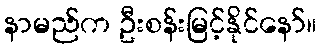
နာမည်က ဦးစန်းမြင့်နိုင်နော်။